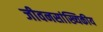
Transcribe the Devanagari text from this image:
जीवनसांख्यिकीय